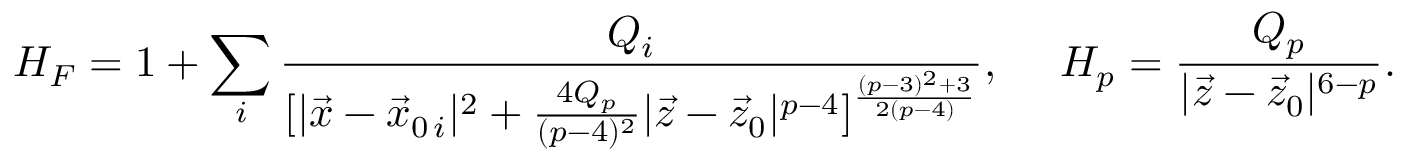
H _ { F } = 1 + \sum _ { i } { \frac { Q _ { i } } { [ | \vec { x } - \vec { x } _ { 0 \, i } | ^ { 2 } + { \frac { 4 Q _ { p } } { ( p - 4 ) ^ { 2 } } } | \vec { z } - \vec { z } _ { 0 } | ^ { p - 4 } ] ^ { \frac { ( p - 3 ) ^ { 2 } + 3 } { 2 ( p - 4 ) } } } } , \ \ \ \ H _ { p } = { \frac { Q _ { p } } { | \vec { z } - \vec { z } _ { 0 } | ^ { 6 - p } } } .